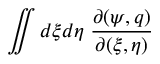
\iint d \xi d \eta \; \frac { \partial ( \psi , q ) } { \partial ( \xi , \eta ) }